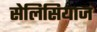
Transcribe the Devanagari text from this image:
सेलिसियाज